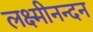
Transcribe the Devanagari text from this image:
लक्ष्मीनन्दन